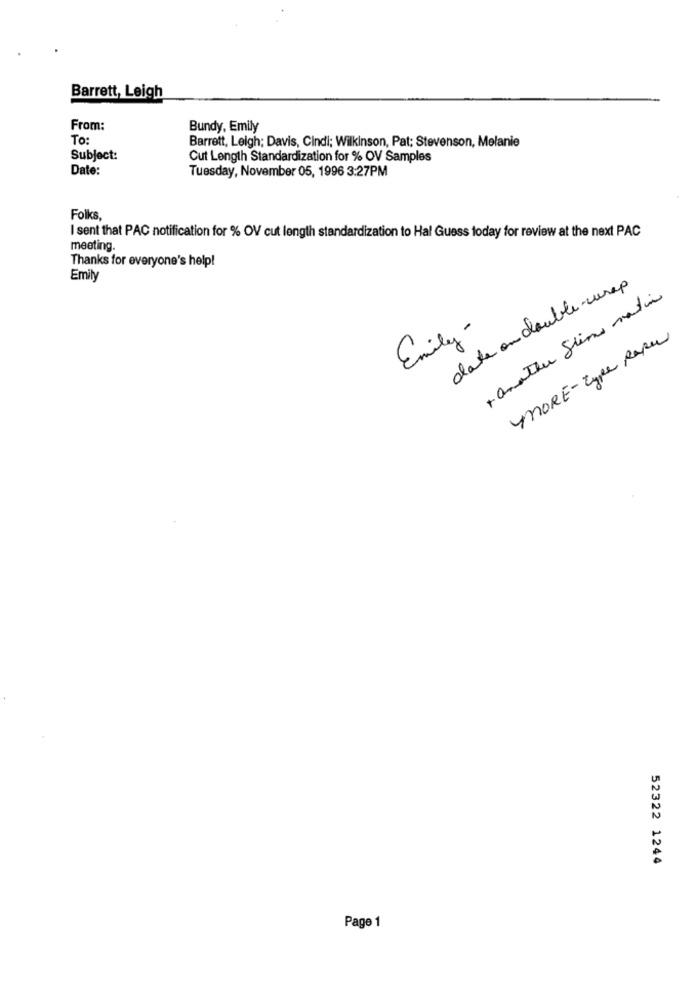
Barrett, Leigh
From:
Bundy, Emily
To:
Barrett, Leigh; Davis, Cindi; Wilkinson, Pat; Stevenson, Melanie
Subject:
Cut Length Standardization for % OV Samples
Date:
Tuesday, November 05, 1996 3:27PM
Folks,
I sent that PAC notification for % OV cut length standardization to Hal Guess today for review at the next PAC
meeting.
Thanks for everyone's help!
Emily
date on double -europ
+ another Sim mation
Emily -
4MORE-Type Raper
52322 1244
Page 1